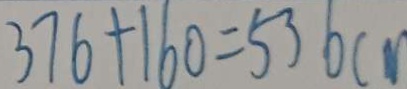
3 7 6 + 1 6 0 = 5 3 6 c m